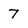
Character: 7